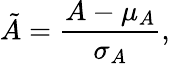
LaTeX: \tilde{A}=\frac{A-\mu_{A}}{\sigma_{A}},